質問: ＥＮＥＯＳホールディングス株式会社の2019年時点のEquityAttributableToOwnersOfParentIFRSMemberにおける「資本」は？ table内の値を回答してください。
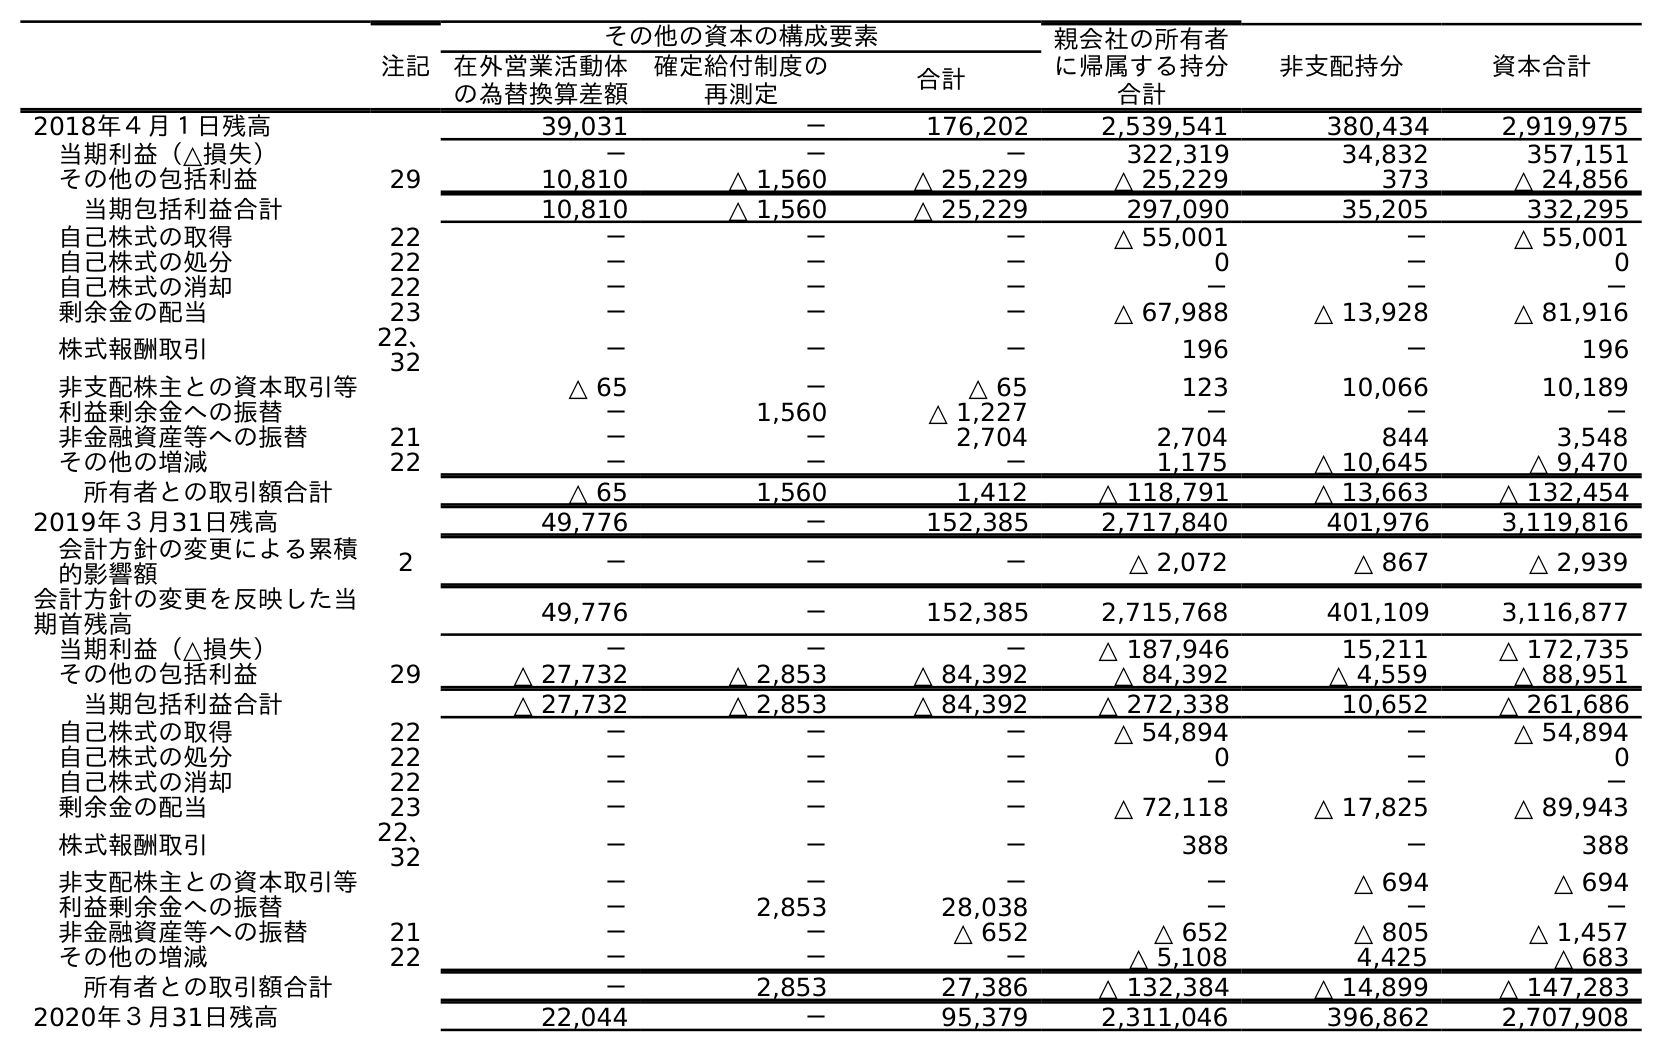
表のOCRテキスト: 注記 その他の資本の構成要素 親会社の所有者 に帰属する持分 合計 非支配持分 資本合計 在外営業活動体 の為替換算差額 確定給付制度の 再測定 合計 2018年４月１日残高 39,031 － 176,202 2,539,541 380,434 2,919,975 当期利益（△損失） － － － 322,319 34,832 357,151 その他の包括利益 29 10,810 △ 1,560 △ 25,229 △ 25,229 373 △ 24,856 当期包括利益合計 10,810 △ 1,560 △ 25,229 297,090 35,205 332,295 自己株式の取得 22 － － － △ 55,001 － △ 55,001 自己株式の処分 22 － － － 0 － 0 自己株式の消却 22 － － － － － － 剰余金の配当 23 － － － △ 67,988 △ 13,928 △ 81,916 株式報酬取引 22、 32 － － － 196 － 196 非支配株主との資本取引等 △ 65 － △ 65 123 10,066 10,189 利益剰余金への振替 － 1,560 △ 1,227 － － － 非金融資産等への振替 21 － － 2,704 2,704 844 3,548 その他の増減 22 － － － 1,175 △ 10,645 △ 9,470 所有者との取引額合計 △ 65 1,560 1,412 △ 118,791 △ 13,663 △ 132,454 2019年３月31日残高 49,776 － 152,385 2,717,840 401,976 3,119,816 会計方針の変更による累積 的影響額 2 － － － △ 2,072 △ 867 △ 2,939 会計方針の変更を反映した当 期首残高 49,776 － 152,385 2,715,768 401,109 3,116,877 当期利益（△損失） － － － △ 187,946 15,211 △ 172,735 その他の包括利益 29 △ 27,732 △ 2,853 △ 84,392 △ 84,392 △ 4,559 △ 88,951 当期包括利益合計 △ 27,732 △ 2,853 △ 84,392 △ 272,338 10,652 △ 261,686 自己株式の取得 22 － － － △ 54,894 － △ 54,894 自己株式の処分 22 － － － 0 － 0 自己株式の消却 22 － － － － － － 剰余金の配当 23 － － － △ 72,118 △ 17,825 △ 89,943 株式報酬取引 22、 32 － － － 388 － 388 非支配株主との資本取引等 － － － － △ 694 △ 694 利益剰余金への振替 － 2,853 28,038 － － － 非金融資産等への振替 21 － － △ 652 △ 652 △ 805 △ 1,457 その他の増減 22 － － － △ 5,108 4,425 △ 683 所有者との取引額合計 － 2,853 27,386 △ 132,384 △ 14,899 △ 147,283 2020年３月31日残高 22,044 － 95,379 2,311,046 396,862 2,707,908
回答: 2,717,840